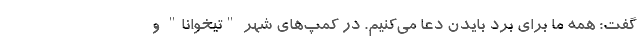
گفت: همه ما برای برد بایدن دعا می‌کنیم. در کمپ‌های شهر "تیخوانا" و